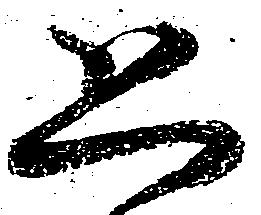
恐